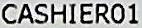
CASHIER01